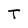
Character: T